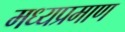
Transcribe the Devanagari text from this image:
मध्यप्रमाण